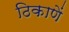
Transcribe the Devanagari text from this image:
ठिकाणें